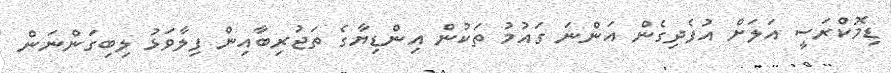
ޑިމޮކްރަސީ އަލަށް އުފެދިގެން އަންނަ ގައުމު ތަކުން އިންޑިޔާގެ ތަޖުރިބާއިން ފިލާވަޅު ލިބިގަންނަން